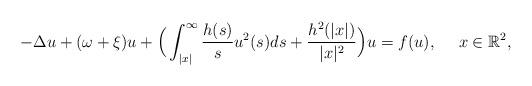
LaTeX: \begin{align*}-\Delta u+(\omega+\xi)u+\Big(\int_{|x|}^{\infty}\frac{h(s)}{s}u^{2}(s)ds+\frac{h^{2}(|x|)}{|x|^{2}}\Big)u=f(u),\ \ \ \ x\in\mathbb{R}^{2},\end{align*}